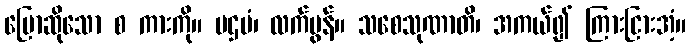
ပြောဆိုသော စ ကားကို။ ပဌမံ၊ လက်မွန်။ သစေသုဏာတိ၊ အကယ်၍ ကြားငြားအံ့။